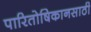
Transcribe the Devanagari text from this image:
पारितोषिकानसाठी